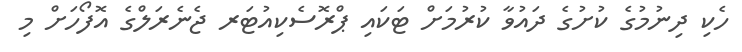
ހެކި ދިނުމުގެ ކުށުގެ ދައުވާ ކުރުމަށް ޓަކައި ޕްރޮސެކިއުޓަރ ޖެނެރަލްގެ އޮފޯހަށް މި